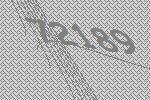
72189